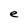
Character: e